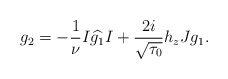
\begin{align*}g_2=-\frac{1}{\nu}I\widehat{g_1}I+\frac{2i}{\sqrt{\tau_0}}h_zJg_1.\end{align*}